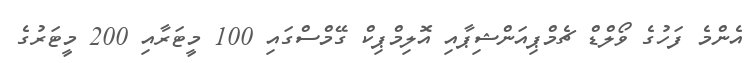
އެންމެ ފަހުގެ ވޯލްޑް ޗެމްޕިއަންޝިޕާއި އޮލިމްޕިކް ގޭމްސްގައި 100 މީޓަރާއި 200 މީޓަރުގެ